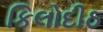
કિલોદીઠ